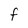
Character: F